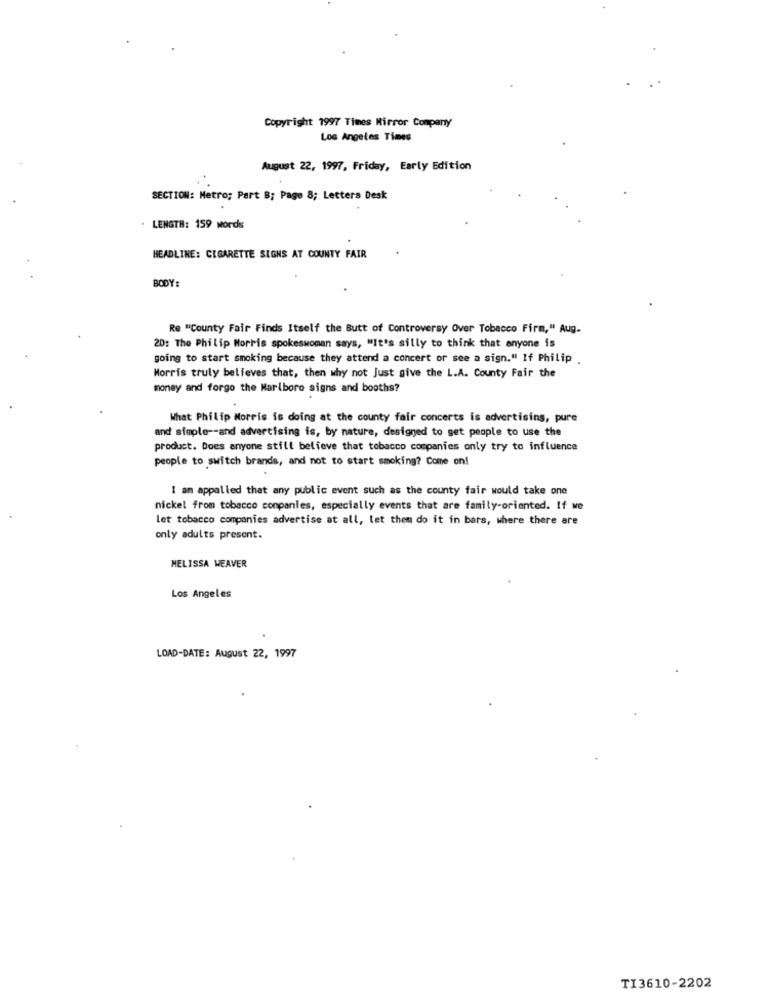
Copyright 1997 Times Mirror Company
Los Angeles Times
August 22, 1997, Friday, Early Edition
SECTION: Metro; Part B; Page 8; Letters Desk
LENGTH: 159 words
HEADLINE: CIGARETTE SIGNS AT COUNTY FAIR
BODY:
Re "County Fair Finds Itself the Butt of Controversy Over Tobacco Firm," Aug.
20: The Philip Morris spokeswoman says, "It's silly to think that anyone is
going to start smoking because they attend a concert or see a sign." If Philip .
Morris truly believes that, then why not Just give the L.A. County Fair the
money and forgo the Marlboro signs and booths?
What Philip Morris is doing at the county fair concerts is advertising, pure
and simple -- and advertising is, by nature, designed to get people to use the
product. Does anyone still believe that tobacco companies only try to influence
people to switch brands, and not to start smoking? Come on!
I am appalled that any public event such as the county fair would take one
nickel from tobacco companies, especially events that are family-oriented. If we
let tobacco companies advertise at all, let them do it in bars, where there are
only adults present.
MELISSA WEAVER
Los Angeles
LOAD-DATE: August 22, 1997
TI3610-2202